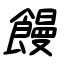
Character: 饅